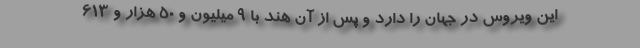
این ویروس در جهان را دارد و پس از آن هند با ۹ میلیون و ۵۰ هزار و ۶۱۳